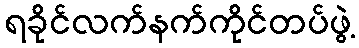
ရခိုင်လက်နက်ကိုင်တပ်ဖွဲ့